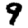
Digit: 9